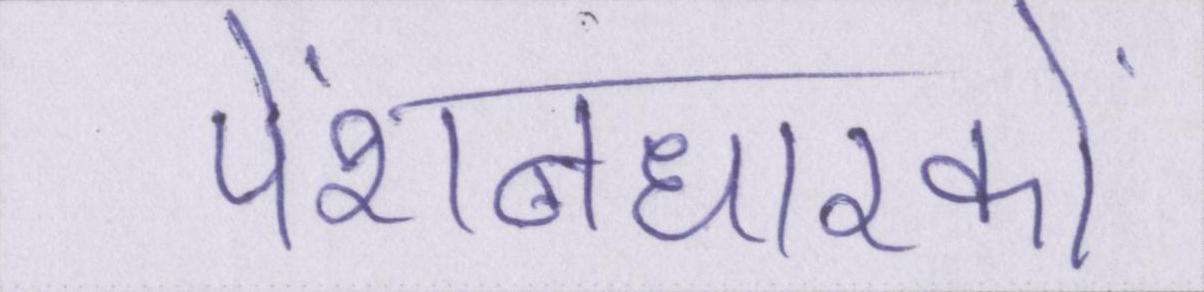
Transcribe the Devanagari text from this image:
पेंशनधारकों